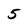
Character: 5